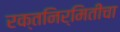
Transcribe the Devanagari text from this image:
रक्तनिर्मितीचा